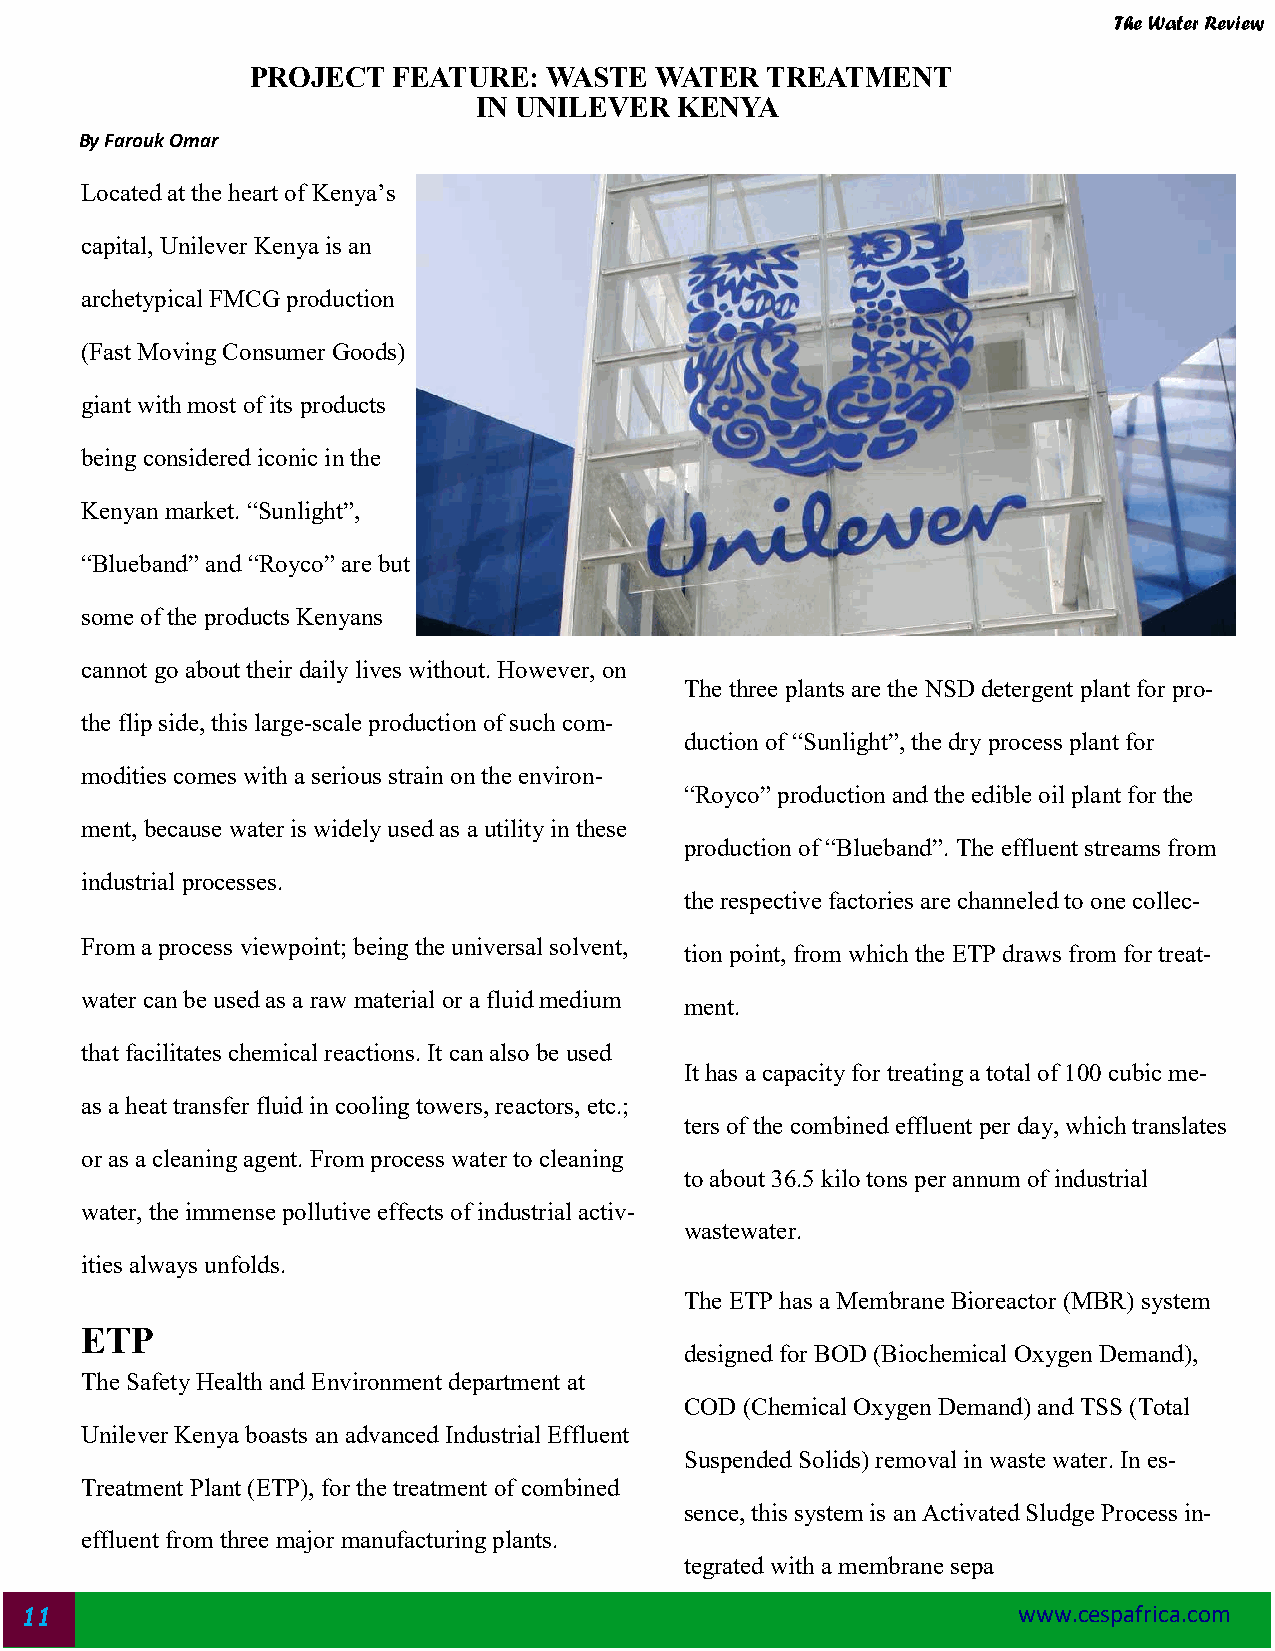
The Water Review
 PROJECT  FEATURE:  WASTE  WATER   TREATMENT
 IN UNILEVER  KENYA
 By Farouk Omar
 Located at the heart of Kenya’s
 capital, Unilever Kenya is an
 archetypical FMCG production
 (Fast Moving Consumer Goods)
 giant with most of its products
 being considered iconic in the
 Kenyan market. “Sunlight”,
 “Blueband” and “Royco” are but
 some of the products Kenyans
 cannot go about their daily lives without. However, on
 The three plants are the NSD detergent plant for pro-
 the flip side, this large-scale production of such com-
 duction of “Sunlight”, the dry process plant for
 modities comes with a serious strain on the environ-
 “Royco” production and the edible oil plant for the
 ment, because water is widely used as a utility in these
 production of “Blueband”. The effluent streams from
 industrial processes.
 the respective factories are channeled to one collec-
 From a process viewpoint; being the universal solvent,
 tion point, from which the ETP draws from for treat-
 water can be used as a raw material or a fluid medium
 ment.
 that facilitates chemical reactions. It can also be used
 It has a capacity for treating a total of 100 cubic me-
 as a heat transfer fluid in cooling towers, reactors, etc.;
 ters of the combined effluent per day, which translates
 or as a cleaning agent. From process water to cleaning
 to about 36.5 kilo tons per annum of industrial
 water, the immense pollutive effects of industrial activ-
 wastewater.
 ities always unfolds.
 The ETP has a Membrane Bioreactor (MBR) system
 ETP
 designed for BOD (Biochemical Oxygen Demand),
 The Safety Health and Environment department at
 COD (Chemical Oxygen Demand) and TSS (Total
 Unilever Kenya boasts an advanced Industrial Effluent
 Suspended Solids) removal in waste water. In es-
 Treatment Plant (ETP), for the treatment of combined
 sence, this system is an Activated Sludge Process in-
 effluent from three major manufacturing plants.
 tegrated with a membrane sepa
 11                                                                www.cespafrica.com